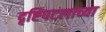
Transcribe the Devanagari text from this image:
दृष्टिपटलाच्या